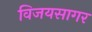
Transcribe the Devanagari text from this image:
विजयसागर